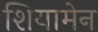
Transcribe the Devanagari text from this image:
शियामेन